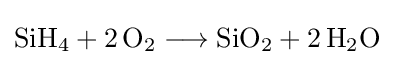
{\mathrm {SiH} {\vphantom {A}}_{\smash[{t}]{4}}{}+{}2\,\mathrm {O} {\vphantom {A}}_{\smash[{t}]{2}}{}\mathrel {\longrightarrow } {}\mathrm {SiO} {\vphantom {A}}_{\smash[{t}]{2}}{}+{}2\,\mathrm {H} {\vphantom {A}}_{\smash[{t}]{2}}\mathrm {O} }